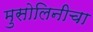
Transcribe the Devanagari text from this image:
मुसोलिनीचा